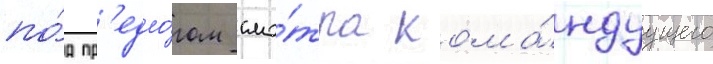
по́д пр'едло́гом смо́тра кома́ндуущего